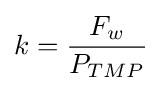
k={F_{w} \over P_{TMP}}